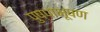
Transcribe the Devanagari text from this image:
पुष्पाभूषण